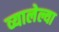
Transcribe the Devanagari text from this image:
व्यालेल्या